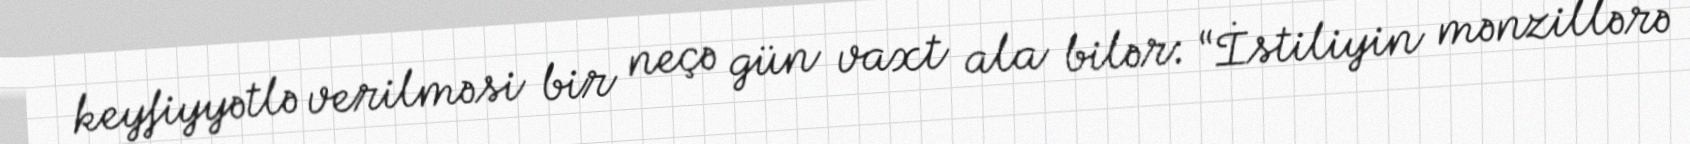
keyfiyyətlə verilməsi bir neçə gün vaxt ala bilər: “İstiliyin mənzillərə